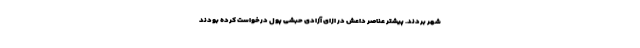
شهر بردند. پیشتر عناصر داعش در ازای آزادی حبشی پول درخواست کرده بودند